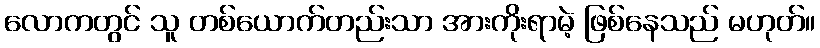
လောကတွင် သူ တစ်ယောက်တည်းသာ အားကိုးရာမဲ့ ဖြစ်နေသည် မဟုတ်။